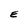
Character: E